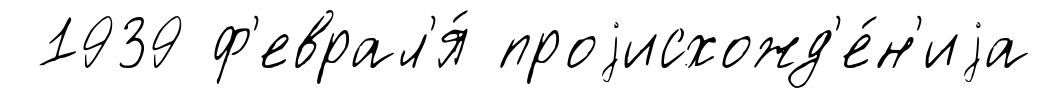
1939 ф'еврал'я́ проjисхожд'е́н'иjа